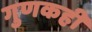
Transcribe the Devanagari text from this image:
गुणकही